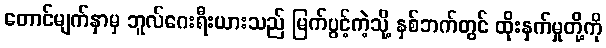
တောင်မျက်နှာမှ ဘူလ်ဂေးရီးယားသည် မြက်ပွင့်ကဲ့သို့ နှစ်ဘက်တွင် ထိုးနှက်မှုတို့ကို